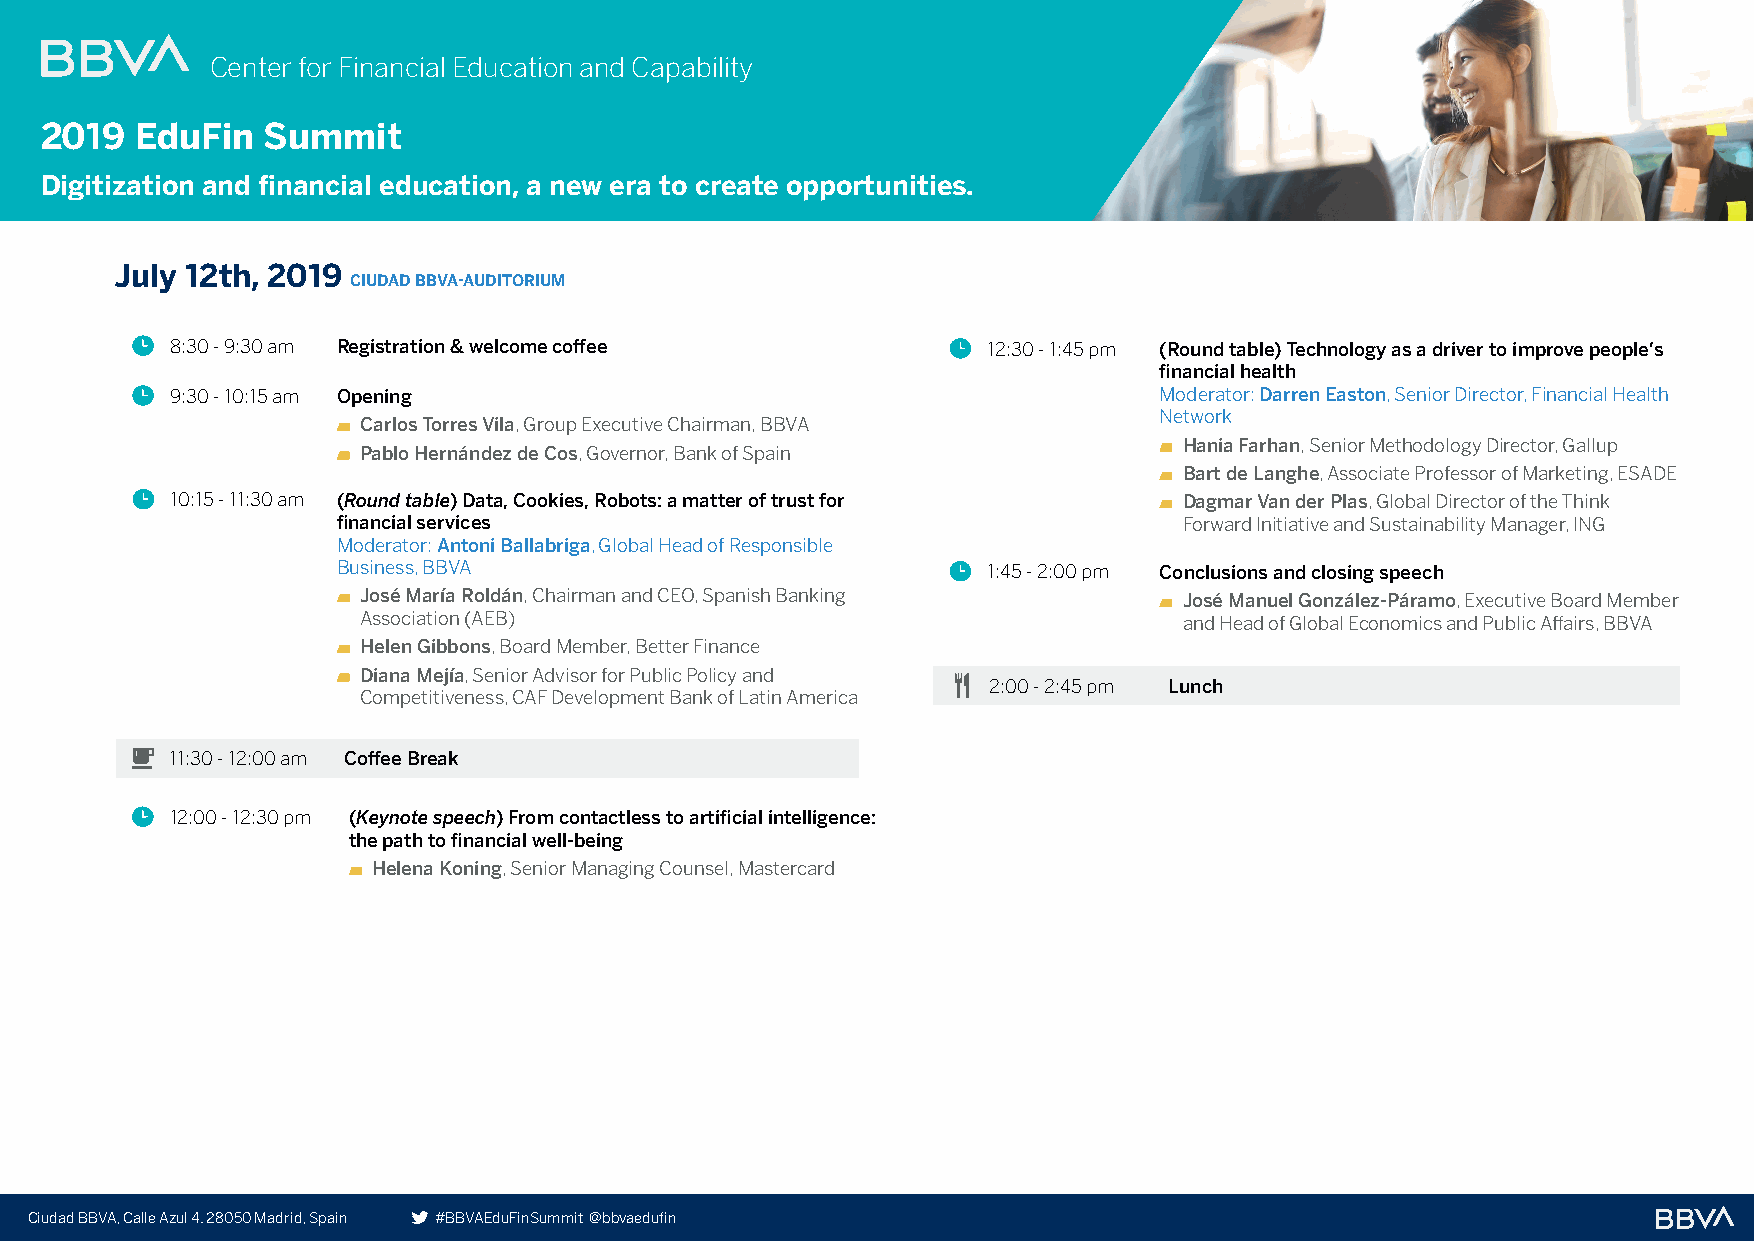
Center for Financial Education and Capability
 2019  EduFin  Summit
 EduFin   Summit     2019
 Digitization and financial education, a new era to create opportunities.
 July 12th, 2019
 CIUDAD BBVA-AUDITORIUM
 8:30 - 9:30 am Registration & welcome coffee          12:30 - 1:45 pm (Round table) Technology as a driver to improve people’s
 financial health
 9:30 - 10:15 am Opening                                           Moderator: Darren Easton, Senior Director, Financial Health
 Network
 Carlos Torres Vila, Group Executive Chairman, BBVA
 Hania Farhan, Senior Methodology Director, Gallup
 Pablo Hernández de Cos, Governor, Bank of Spain
 Bart de Langhe, Associate Professor of Marketing, ESADE
 10:15 - 11:30 am (Round table) Data, Cookies, Robots: a matter of trust for Dagmar Van der Plas, Global Director of the Think
 financial services                                      Forward Initiative and Sustainability Manager, ING
 Moderator: Antoni Ballabriga, Global Head of Responsible
 Business, BBVA                             1:45 - 2:00 pm Conclusions and closing speech
 José María Roldán, Chairman and CEO, Spanish Banking  José Manuel González-Páramo, Executive Board Member
 Association (AEB)                                     and Head of Global Economics and Public Affairs, BBVA
 Helen Gibbons, Board Member, Better Finance
 Diana Mejía, Senior Advisor for Public Policy and
 2:00 - 2:45 pm Lunch
 Competitiveness, CAF Development Bank of Latin America
 11:30 - 12:00 am Coffee Break
 12:00 - 12:30 pm (Keynote speech) From contactless to artificial intelligence:
 the path to financial well-being
 Helena Koning, Senior Managing Counsel, Mastercard
 Ciudad BBVA, Calle Azul 4. 28050 Madrid, Spain #BBVAEduFinSummit @bbvaedufin                          An initiative by